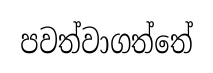
පවත්වාගත්තේ